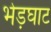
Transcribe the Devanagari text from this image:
भेड़घाट